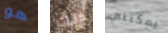
هو ذلك يمكنني